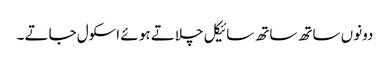
دونوں ساتھ ساتھ سائیکل چلاتے ہو ئے اسکول جاتے ۔